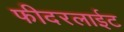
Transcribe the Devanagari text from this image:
फीदरलाईट